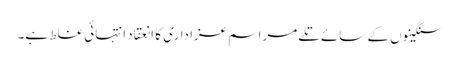
سنگینوں کے سائے تلے مراسم عزاداری کا انعقاد انتہائی غلط ہے۔